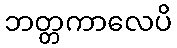
ဘတ္တကာလေပိ